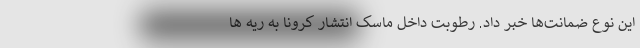
این نوع ضمانت‌ها خبر داد. رطوبت داخل ماسک‌ انتشار کرونا به ریه‌ ها